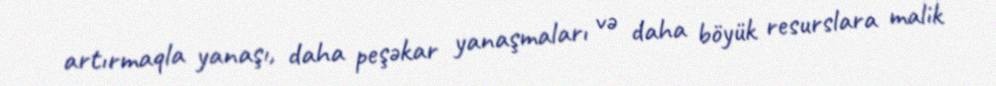
artırmaqla yanaşı, daha peşəkar yanaşmaları və daha böyük resurslara malik